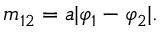
m _ { 1 2 } = a | \varphi _ { 1 } - \varphi _ { 2 } | .